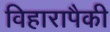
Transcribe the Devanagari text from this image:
विहारापैकी